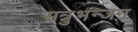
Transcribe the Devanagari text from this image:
सत्रुभन्जन